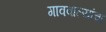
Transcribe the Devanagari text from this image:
गाववाल्यांचा